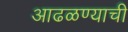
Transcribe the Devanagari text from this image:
आढळण्याची